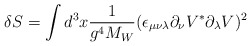
\begin{align*}\delta S=\int d^3x {1\over g^4 M_W} (\epsilon_{\mu\nu\lambda}\partial_\nu V^*\partial_\lambda V)^2\end{align*}